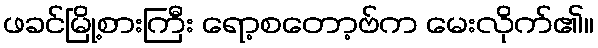
ဖခင်မြို့စားကြီး ရော့စတော့ဗ်က မေးလိုက်၏။